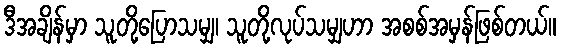
ဒီအချိန်မှာ သူတို့ပြောသမျှ၊ သူတို့လုပ်သမျှဟာ အစစ်အမှန်ဖြစ်တယ်။